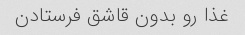
غذا رو بدون قاشق فرستادن